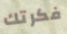
فكرتك